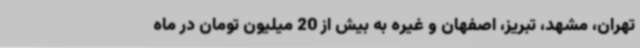
تهران، مشهد، تبریز، اصفهان و غیره به بیش از 20 میلیون تومان در ماه